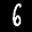
Label: 6